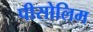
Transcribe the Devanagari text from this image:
पीसोलिम